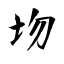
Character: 圽